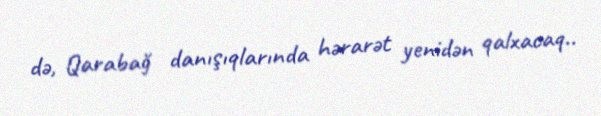
də, Qarabağ danışıqlarında hərarət yenidən qalxacaq..